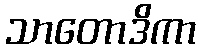
သာတောဒိကာ